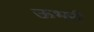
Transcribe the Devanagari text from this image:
ऊभरी